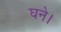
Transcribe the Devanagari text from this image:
घने।